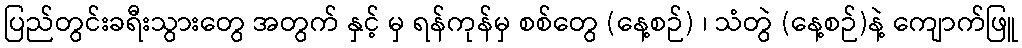
ပြည်တွင်းခရီးသွားတွေ အတွက် နှင့် မှ ရန်ကုန်မှ စစ်တွေ (နေ့စဉ်) ၊ သံတွဲ (နေ့စဉ်)နဲ့ ကျောက်ဖြူ